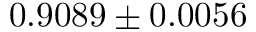
0 . 9 0 8 9 \pm 0 . 0 0 5 6